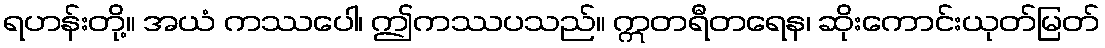
ရဟန်းတို့။ အယံ ကဿပေါ၊ ဤကဿပသည်။ ဣတရီတရေန၊ ဆိုးကောင်းယုတ်မြတ်